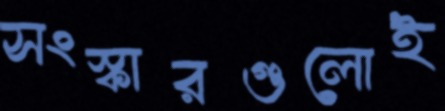
সংস্কারগুলোই